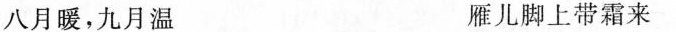
八月暖，九月温 雁儿脚上带霜来